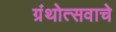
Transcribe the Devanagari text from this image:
ग्रंथोत्सवाचे